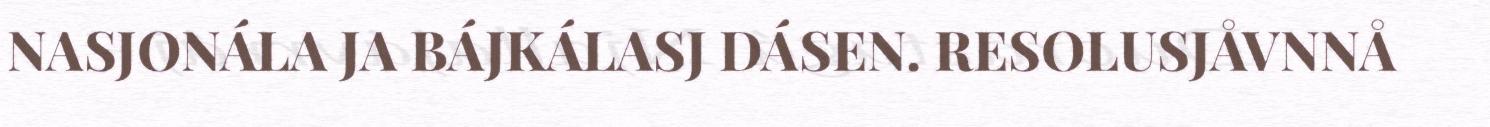
NASJONÁLA JA BÁJKÁLASJ DÁSEN. RESOLUSJÅVNNÅ